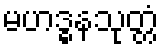
မဟဒ္ဓနသုတ္တံ